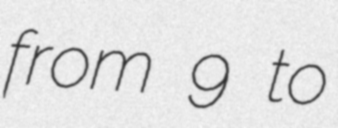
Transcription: from 9 to